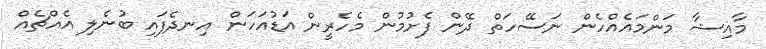
މާއިޝާ މަންމައެއްހެން ނަސޭހަތް ދޭން ފެށުމުން މެހެރީން އަޑުއަހަން އިނދެފައި ބުނެލި އެއްޗެއް